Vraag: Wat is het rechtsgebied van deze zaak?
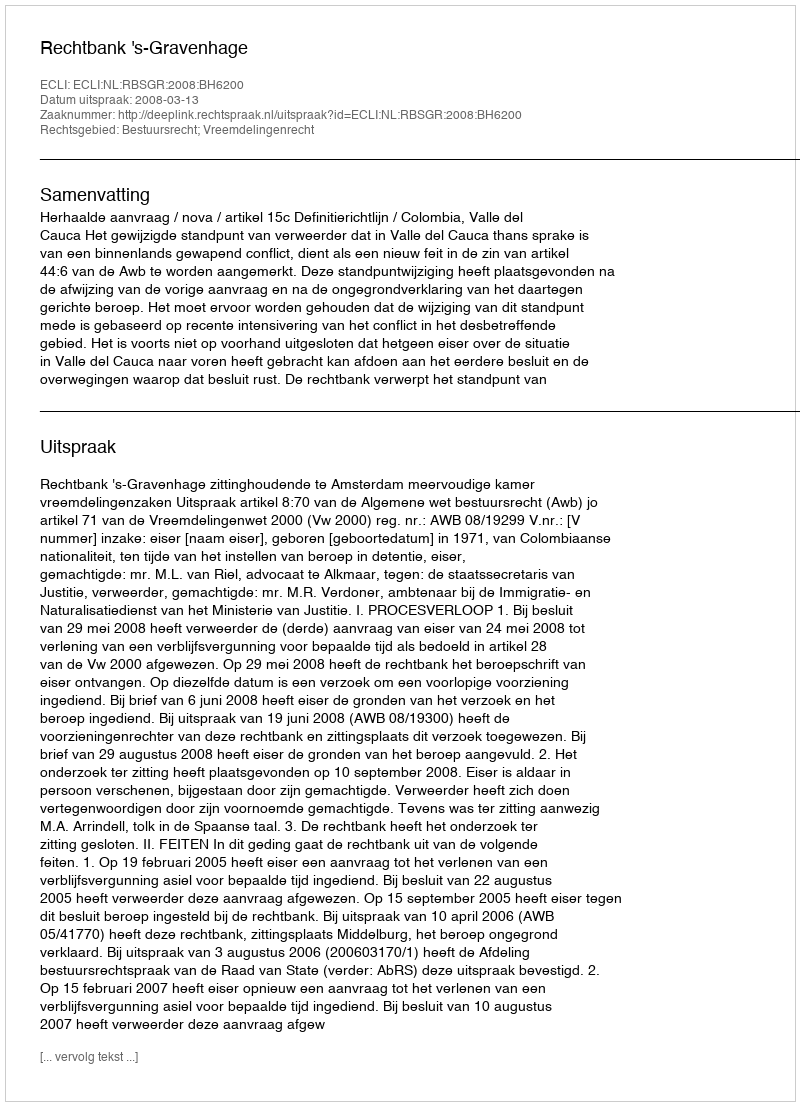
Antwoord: Bestuursrecht; Vreemdelingenrecht